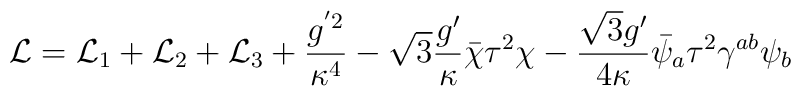
{\cal L}={\cal L}_1+{\cal L}_2+{\cal L}_3+\frac{g^{'2}}{\kappa^4}-\sqrt{3}\frac{g'}{\kappa}\bar{\chi}\tau^2\chi-\frac{\sqrt{3}g'}{4\kappa}\bar{\psi}_a\tau^2\gamma^{ab}\psi_b